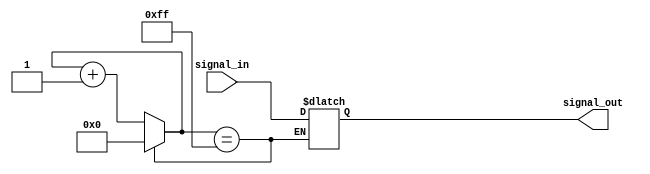
module RC_delay (
    input wire signal_in,
    output reg signal_out
);

reg [7:0] delay_counter;

always @(*) begin
    if (delay_counter == 8'd255) begin
        signal_out <= signal_in;
        delay_counter <= 8'd0;
    end else begin
        delay_counter <= delay_counter + 1;
    end
end

endmodule